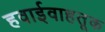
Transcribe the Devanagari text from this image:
हवाईवाहतूक